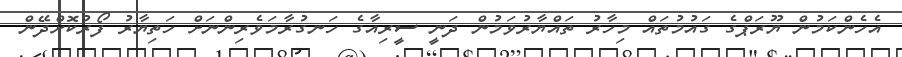
އެހެންކަމުން ޔޫރަޕްގެ ގައުމުތައް މިހާރު ތައްޔާރުވަމުން ދަނީ ސީރިއާގެ ހަނގުރާމަވެރިންނަށް ހަތިޔާރު ފޯރުކޮށްދޭން